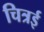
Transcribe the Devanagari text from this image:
चित्रई